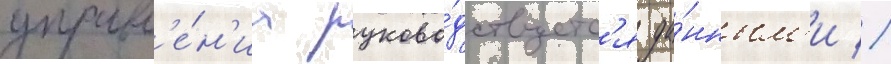
управл'е́н'иа руково́дствуетс'я да́нным'и //